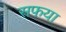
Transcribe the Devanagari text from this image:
सफया